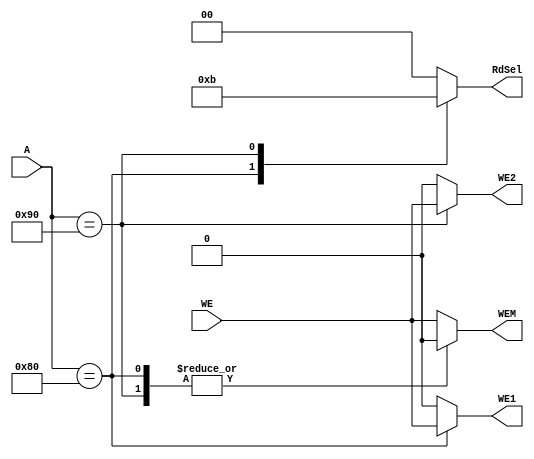
module system_ad(
    input   wire [27:0]  A,
    input   wire        WE,
    output  reg         WE1,
    output  reg         WE2,
    output  reg         WEM,
    output  reg [1:0]   RdSel
    );
    
always @ (*) begin
    case (A)
        //Factorial
        28'h80: begin
            WEM = 1'b0;
            WE1 = WE;
            WE2 = 1'b0;
            RdSel = 2'b10;
        end
        //GPIO
        28'h90: begin
            WEM = 1'b0;
            WE1 = 1'b0;
            WE2 = WE;
            RdSel = 2'b11;
        end
        //DMem
        default: begin
            WEM = WE;
            WE1 = 1'b0;
            WE2 = 1'b0;
            RdSel = 2'b00;
        end
        
     endcase
end
    
endmodule